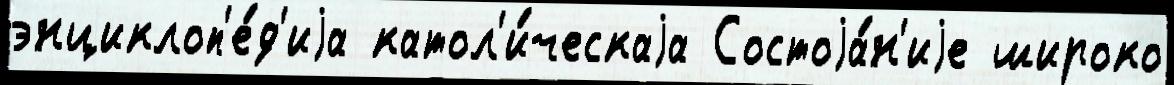
энциклоп'е́д'иjа катол'и́ческаjа Состоjа́н'иjе широко